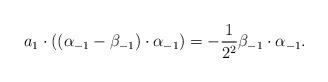
LaTeX: \begin{align*}a_1 \cdot ((\alpha_{-1} - \beta_{-1}) \cdot \alpha_{-1}) = -\frac{1}{2^2} \beta_{-1} \cdot \alpha_{-1}. \end{align*}